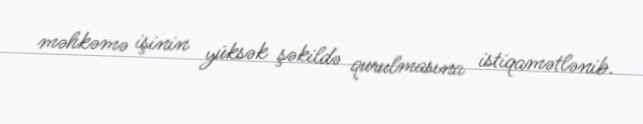
məhkəmə işinin yüksək şəkildə qurulmasına istiqamətlənib.